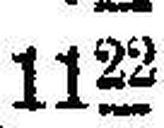
1122